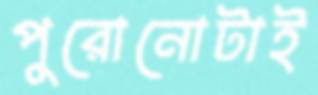
পুরোনোটাই